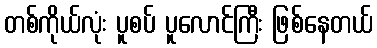
တစ်ကိုယ်လုံး ပူစပ် ပူလောင်ကြီး ဖြစ်နေတယ်